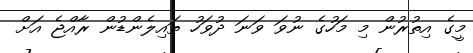
މީގެ އިތުރުން މި މަހުގެ ނުވަ ވަނަ ދުވަހު ތައިލެންޑުން ރާއްޖެ އަށް